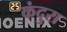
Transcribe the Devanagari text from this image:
कंदुरा